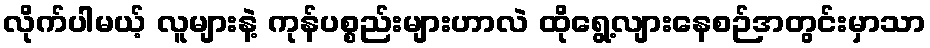
လိုက်ပါမယ့် လူများနဲ့ ကုန်ပစ္စည်းများဟာလဲ ထိုရွေ့လျားနေစဉ်အတွင်းမှာသာ